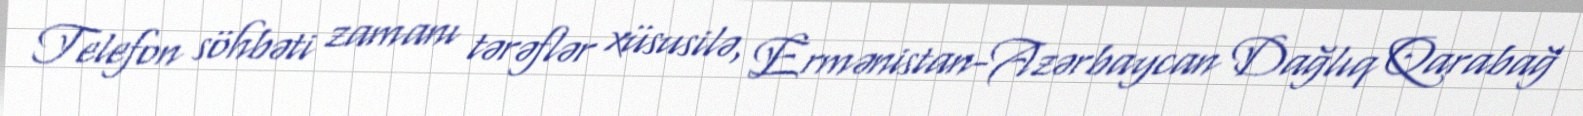
Telefon söhbəti zamanı tərəflər xüsusilə, Ermənistan-Azərbaycan Dağlıq Qarabağ